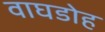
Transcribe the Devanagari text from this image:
वाघडोह